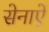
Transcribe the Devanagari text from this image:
सेनाऐं